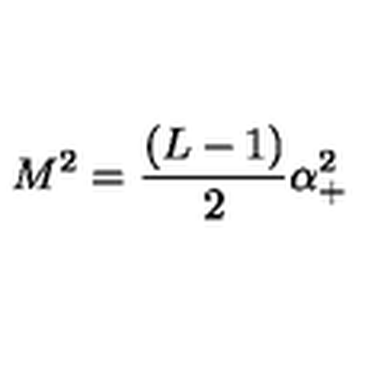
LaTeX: M ^ { 2 } = \frac { ( L - 1 ) } 2 \alpha _ { + } ^ { 2 }